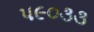
૫૯૦૩૩